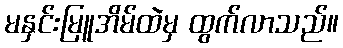
မနှင်းမြူအိမ်ထဲမှ ထွက်လာသည်။